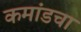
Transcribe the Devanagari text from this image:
कमांडचा